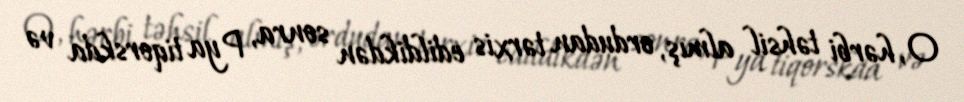
O, hərbi təhsil almış, ordudan tərxis edildikdən sonra, Pya tiqorskda və